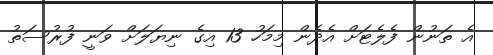
އެ ތަނުން ފެލެޓަށް އެދެން މިމަހު 13 އިގެ ނިޔަލަށް ވަނީ ފުރުސަތު